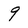
Character: 9